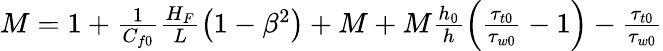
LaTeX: \begin{array}{r}{M=1+\frac{1}{C_{f0}}\frac{H_{F}}{L}\left(1-\beta^{2}\right)+M+M\frac{h_{0}}{h}\left(\frac{\tau_{t0}}{\tau_{w0}}-1\right)-\frac{\tau_{t0}}{\tau_{w0}}}\end{array}